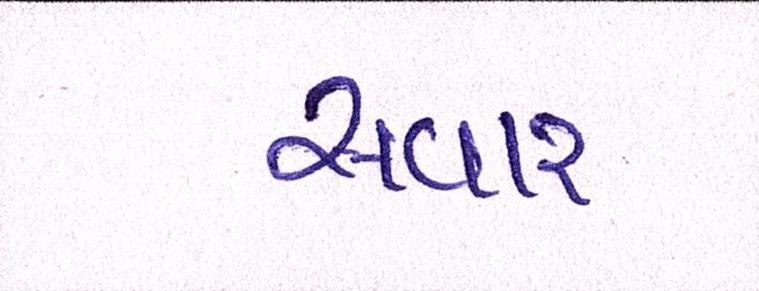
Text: સવાર